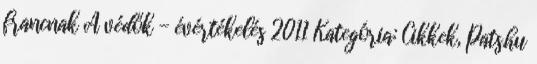
francnak A védők - évértékelés 2011 Kategória: Cikkek, Pats.hu